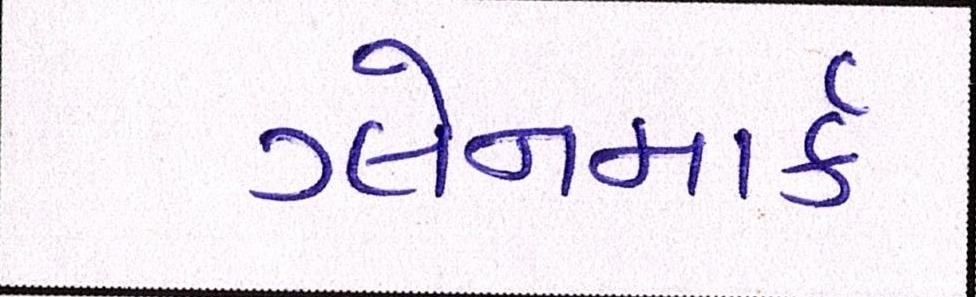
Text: ગ્લેનમાર્ક